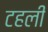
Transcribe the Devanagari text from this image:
टहली